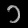
Digit: ၁